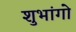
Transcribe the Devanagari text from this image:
शुभांगो